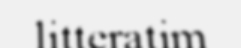
litteratim